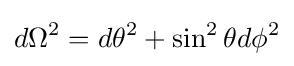
d\Omega ^{2}=d\theta ^{2}+\sin ^{2}\theta d\phi ^{2}